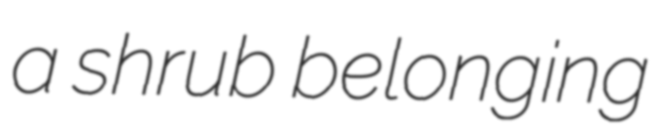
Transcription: a shrub belonging